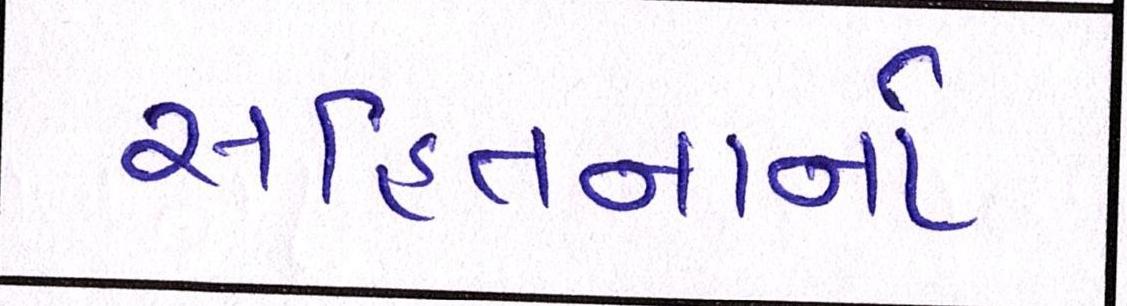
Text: સહિતનાનો